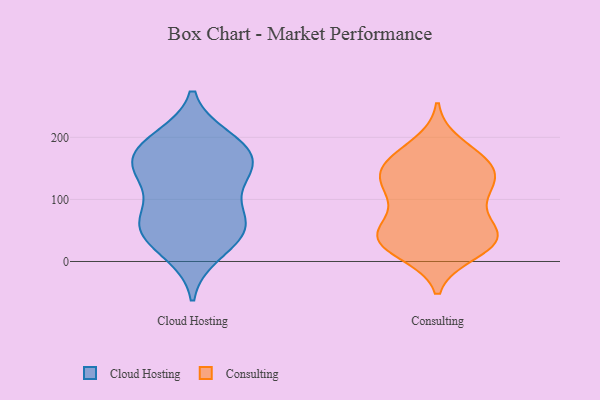
{"axis": {"x": "Website Visitors", "y": "Value"}, "legend": ["Cloud Hosting", "Consulting"], "data": [{"x": "", "y": 75, "type": "Cloud Hosting"}, {"x": "", "y": 164, "type": "Cloud Hosting"}, {"x": "", "y": 59, "type": "Cloud Hosting"}, {"x": "", "y": 63, "type": "Cloud Hosting"}, {"x": "", "y": 187, "type": "Cloud Hosting"}, {"x": "", "y": 163, "type": "Cloud Hosting"}, {"x": "", "y": 22, "type": "Cloud Hosting"}, {"x": "", "y": 54, "type": "Cloud Hosting"}, {"x": "", "y": 150, "type": "Cloud Hosting"}, {"x": "", "y": 197, "type": "Cloud Hosting"}, {"x": "", "y": 199, "type": "Cloud Hosting"}, {"x": "", "y": 45, "type": "Cloud Hosting"}, {"x": "", "y": 129, "type": "Cloud Hosting"}, {"x": "", "y": 177, "type": "Cloud Hosting"}, {"x": "", "y": 12, "type": "Cloud Hosting"}, {"x": "", "y": 131, "type": "Cloud Hosting"}, {"x": "", "y": 70, "type": "Cloud Hosting"}, {"x": "", "y": 141, "type": "Cloud Hosting"}, {"x": "", "y": 152, "type": "Consulting"}, {"x": "", "y": 94, "type": "Consulting"}, {"x": "", "y": 187, "type": "Consulting"}, {"x": "", "y": 158, "type": "Consulting"}, {"x": "", "y": 136, "type": "Consulting"}, {"x": "", "y": 162, "type": "Consulting"}, {"x": "", "y": 111, "type": "Consulting"}, {"x": "", "y": 16, "type": "Consulting"}, {"x": "", "y": 31, "type": "Consulting"}, {"x": "", "y": 36, "type": "Consulting"}, {"x": "", "y": 123, "type": "Consulting"}, {"x": "", "y": 34, "type": "Consulting"}, {"x": "", "y": 48, "type": "Consulting"}, {"x": "", "y": 116, "type": "Consulting"}, {"x": "", "y": 55, "type": "Consulting"}, {"x": "", "y": 38, "type": "Consulting"}, {"x": "", "y": 155, "type": "Consulting"}, {"x": "", "y": 33, "type": "Consulting"}]}